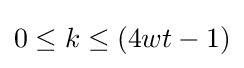
0\leq k\leq (4wt-1)